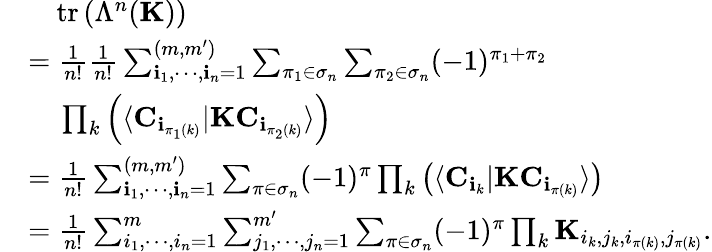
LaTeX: \begin{array}{rl}&{~~~~\mathrm{tr}\left(\Lambda^{n}({\mathbf K})\right)}\\ &{=\frac{1}{n!}\frac{1}{n!}\sum_{{\mathbf i}_{1},\cdots,{\mathbf i}_{n}=1}^{(m,m^{\prime})}\sum_{\pi_{1}\in\sigma_{n}}\sum_{\pi_{2}\in\sigma_{n}}(-1)^{\pi_{1}+\pi_{2}}}\\ &{~~~~\prod_{k}\left(\langle{\mathbf C}_{{\mathbf i}_{\pi_{1}(k)}}|{\mathbf K}{\mathbf C}_{{\mathbf i}_{\pi_{2}(k)}}\rangle\right)}\\ &{=\frac{1}{n!}\sum_{{\mathbf i}_{1},\cdots,{\mathbf i}_{n}=1}^{(m,m^{\prime})}\sum_{\pi\in\sigma_{n}}(-1)^{\pi}\prod_{k}\left(\langle{\mathbf C}_{{\mathbf i}_{k}}|{\mathbf K}{\mathbf C}_{{\mathbf i}_{\pi(k)}}\rangle\right)}\\ &{=\frac{1}{n!}\sum_{{i}_{1},\cdots,{i}_{n}=1}^{m}\sum_{{j}_{1},\cdots,{j}_{n}=1}^{m^{\prime}}\sum_{\pi\in\sigma_{n}}(-1)^{\pi}\prod_{k}{\mathbf K}_{i_{k},j_{k},i_{\pi(k)},j_{\pi(k)}}.}\end{array}